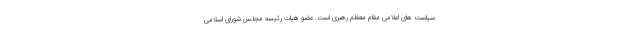
سیاست های اعلامی مقام معظم رهبری است. عضو هیات رئیسه مجلس شورای اسلامی